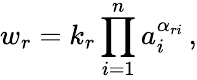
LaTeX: w_{r}=k_{r}\prod_{i=1}^{n}a_{i}^{\alpha_{ri}}\, ,